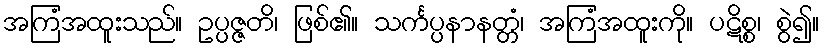
အကြံအထူးသည်။ ဥပ္ပဇ္ဇတိ၊ ဖြစ်၏။ သင်္ကပ္ပနာနတ္တံ၊ အကြံအထူးကို။ ပဋိစ္စ၊ စွဲ၍။